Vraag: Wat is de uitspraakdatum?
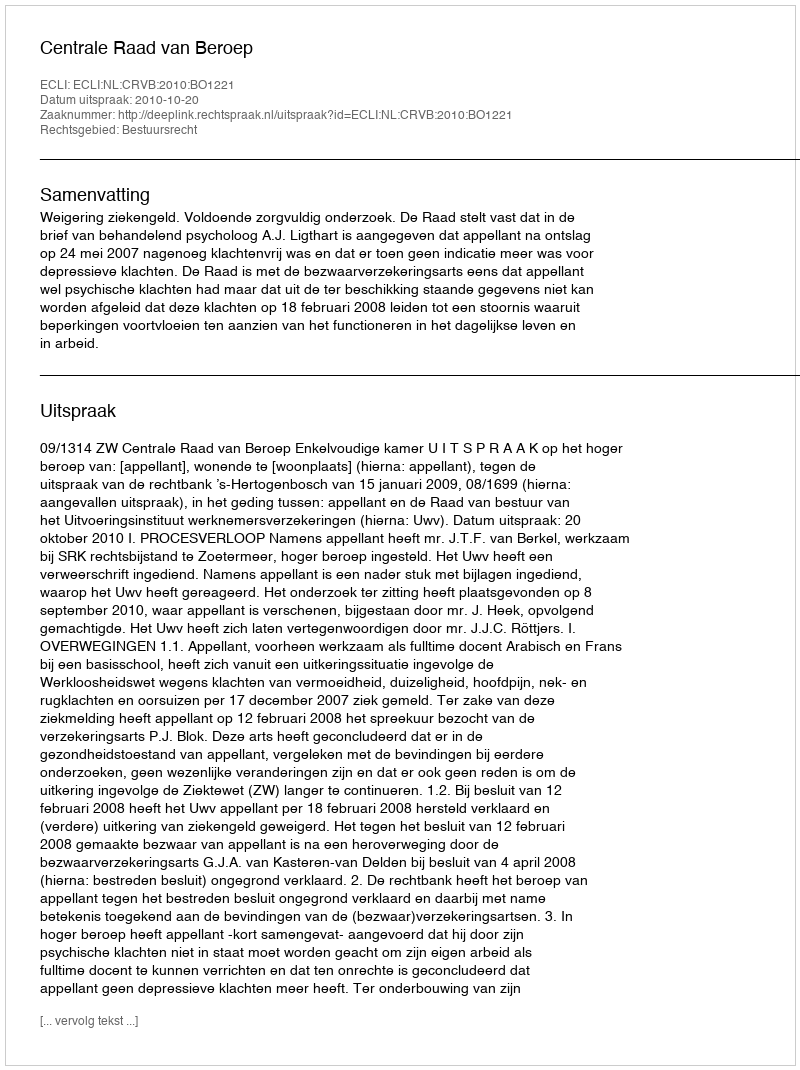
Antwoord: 2010-10-20